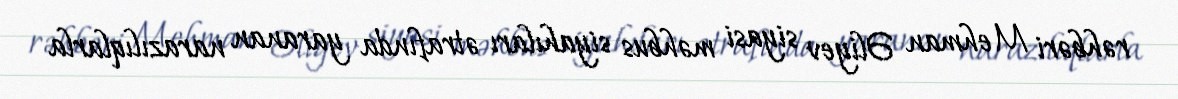
rəhbəri Mehman Əliyev siyasi məhbus siyahıları ətrafında yaranan narazılıqlarla